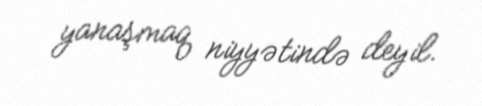
yanaşmaq niyyətində deyil.